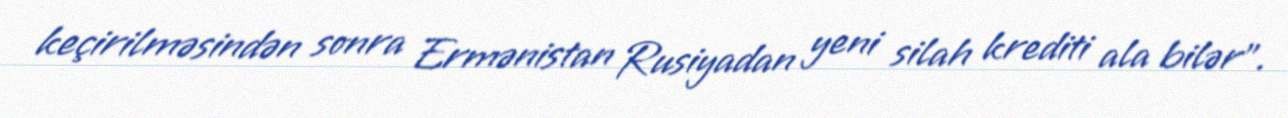
keçirilməsindən sonra Ermənistan Rusiyadan yeni silah krediti ala bilər”.